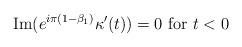
LaTeX: \begin{align*}{\rm Im}( e^{i\pi (1-\beta_1)} \kappa'(t))= 0 {\rm\ for\ } t< 0\end{align*}